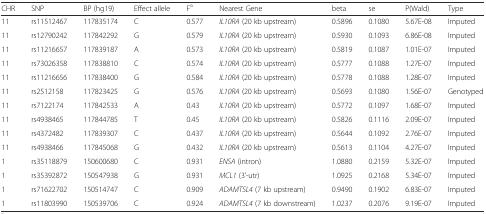
<table><thead><tr><td><b>CHR</b></td><td><b>SNP</b></td><td><b>BP (hg19)</b></td><td><b>Effect allele</b></td><td><b>F<sup>a</sup></b></td><td><b>Nearest Gene</b></td><td><b>beta</b></td><td><b>se</b></td><td><b>P(Wald)</b></td><td><b>Type</b></td></tr></thead><tbody><tr><td>11</td><td>rs11512467</td><td>117835174</td><td>C</td><td>0.577</td><td><i>IL10RA</i> (20 kb upstream)</td><td>0.5896</td><td>0.1080</td><td>5.67E-08</td><td>Imputed</td></tr><tr><td>11</td><td>rs12790242</td><td>117842292</td><td>G</td><td>0.579</td><td><i>IL10RA</i> (20 kb upstream)</td><td>0.5930</td><td>0.1093</td><td>6.86E-08</td><td>Imputed</td></tr><tr><td>11</td><td>rs11216657</td><td>117839187</td><td>A</td><td>0.573</td><td><i>IL10RA</i> (20 kb upstream)</td><td>0.5819</td><td>0.1087</td><td>1.01E-07</td><td>Imputed</td></tr><tr><td>11</td><td>rs73026358</td><td>117838810</td><td>C</td><td>0.574</td><td><i>IL10RA</i> (20 kb upstream)</td><td>0.5777</td><td>0.1088</td><td>1.27E-07</td><td>Imputed</td></tr><tr><td>11</td><td>rs11216656</td><td>117838400</td><td>G</td><td>0.584</td><td><i>IL10RA</i> (20 kb upstream)</td><td>0.5778</td><td>0.1088</td><td>1.28E-07</td><td>Imputed</td></tr><tr><td>11</td><td>rs2512158</td><td>117823425</td><td>G</td><td>0.576</td><td><i>IL10RA</i> (20 kb upstream)</td><td>0.5693</td><td>0.1080</td><td>1.56E-07</td><td>Genotyped</td></tr><tr><td>11</td><td>rs7122174</td><td>117842533</td><td>A</td><td>0.43</td><td><i>IL10RA</i> (20 kb upstream)</td><td>0.5772</td><td>0.1097</td><td>1.68E-07</td><td>Imputed</td></tr><tr><td>11</td><td>rs4938465</td><td>117844785</td><td>T</td><td>0.45</td><td><i>IL10RA</i> (20 kb upstream)</td><td>0.5826</td><td>0.1116</td><td>2.09E-07</td><td>Imputed</td></tr><tr><td>11</td><td>rs4372482</td><td>117839307</td><td>C</td><td>0.437</td><td><i>IL10RA</i> (20 kb upstream)</td><td>0.5644</td><td>0.1092</td><td>2.76E-07</td><td>Imputed</td></tr><tr><td>11</td><td>rs4938466</td><td>117845068</td><td>G</td><td>0.432</td><td><i>IL10RA</i> (20 kb upstream)</td><td>0.5613</td><td>0.1104</td><td>4.27E-07</td><td>Imputed</td></tr><tr><td>1</td><td>rs35118879</td><td>150600680</td><td>C</td><td>0.931</td><td><i>ENSA</i> (intron)</td><td>1.0880</td><td>0.2159</td><td>5.32E-07</td><td>Imputed</td></tr><tr><td>1</td><td>rs35392872</td><td>150547938</td><td>G</td><td>0.931</td><td><i>MCL1</i> (3’-utr)</td><td>1.0925</td><td>0.2168</td><td>5.34E-07</td><td>Imputed</td></tr><tr><td>1</td><td>rs71622702</td><td>150514747</td><td>C</td><td>0.909</td><td><i>ADAMTSL4</i> (7 kb upstream)</td><td>0.9490</td><td>0.1902</td><td>6.83E-07</td><td>Imputed</td></tr><tr><td>1</td><td>rs11803990</td><td>150539706</td><td>C</td><td>0.924</td><td><i>ADAMTSL4</i> (7 kb downstream)</td><td>1.0237</td><td>0.2076</td><td>9.19E-07</td><td>Imputed</td></tr></tbody></table>